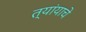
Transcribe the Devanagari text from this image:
त्यांयाचे